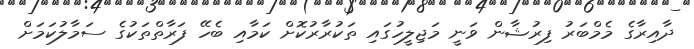
ދާއިރާގެ މެމްބަރު ފިރުޝާން ވަނީ މަޖިލީހުގައި ތަކުރާރުކޮށް ކަމާއި ބެހޭ ފަރާތްތަކުގެ ސަމާލުކަމަށް